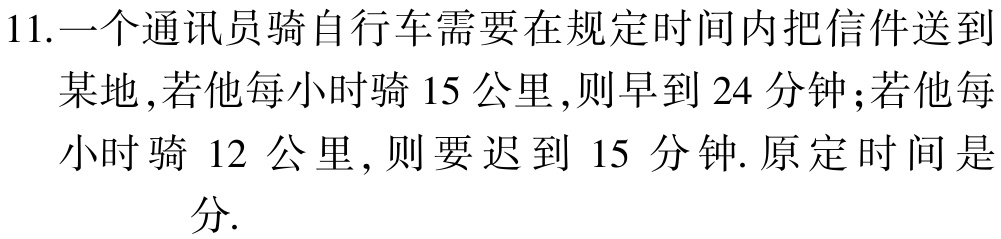
11.一个通讯员骑自行车需要在规定时间内把信件送到

某地，若他每小时骑15公里，则早到24分钟；若他每

小时骑 12 公里, 则要迟到 15 分钟. 原定时间是

分.